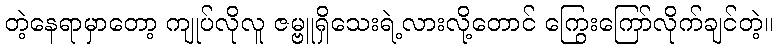
တဲ့နေရာမှာတော့ ကျုပ်လိုလူ ဇမ္ဗူရှိသေးရဲ့လားလို့တောင် ကြွေးကြော်လိုက်ချင်တဲ့။